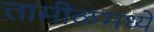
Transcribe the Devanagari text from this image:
तामीळमध्ये